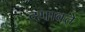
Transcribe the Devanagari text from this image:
दगावते